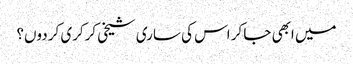
میں ابھی جا کر اس کی ساری شیخی کرکری کر دوں؟